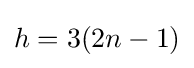
h=3(2n-1)